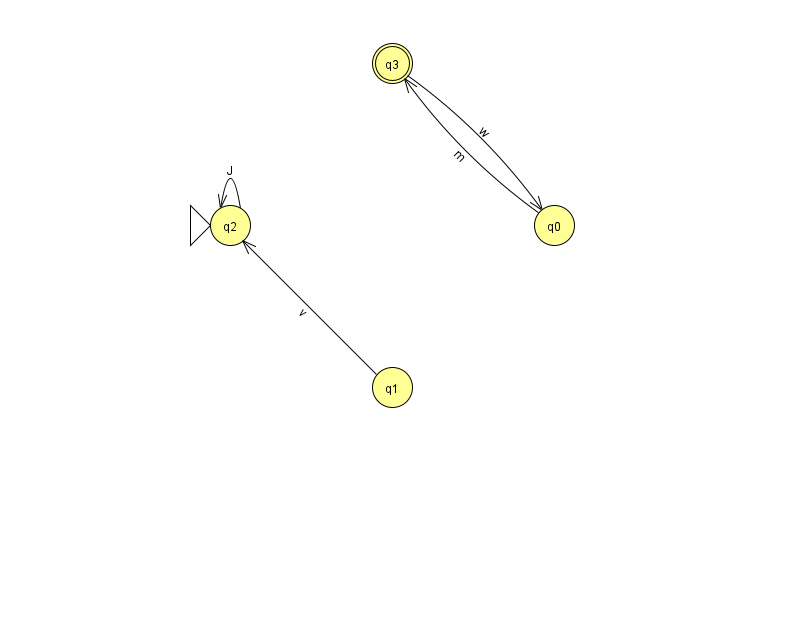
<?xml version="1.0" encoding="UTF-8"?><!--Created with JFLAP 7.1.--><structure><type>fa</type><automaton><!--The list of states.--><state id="0" name="q0"><x>554.0</x><y>212.0</y></state><state id="1" name="q1"><x>392.0</x><y>374.0</y></state><state id="2" name="q2"><x>230.0</x><y>212.0</y><initial/></state><state id="3" name="q3"><x>392.0</x><y>50.0</y><final/></state><!--The list of transitions.--><transition><from>0</from><to>3</to><read>m</read></transition><transition><from>1</from><to>2</to><read>v</read></transition><transition><from>2</from><to>2</to><read>J</read></transition><transition><from>3</from><to>0</to><read>w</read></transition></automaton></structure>